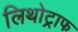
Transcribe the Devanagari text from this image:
लिथोट्राफ